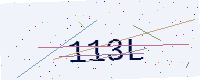
Text: 113L